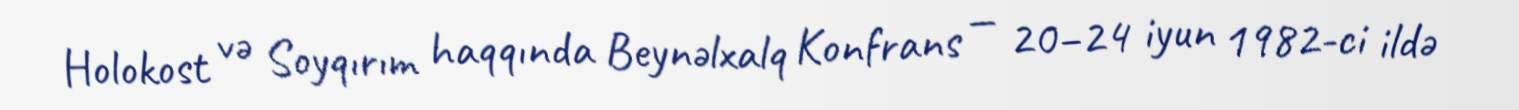
Holokost və Soyqırım haqqında Beynəlxalq Konfrans — 20–24 iyun 1982-ci ildə